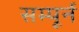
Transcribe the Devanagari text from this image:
सम्पूर्न